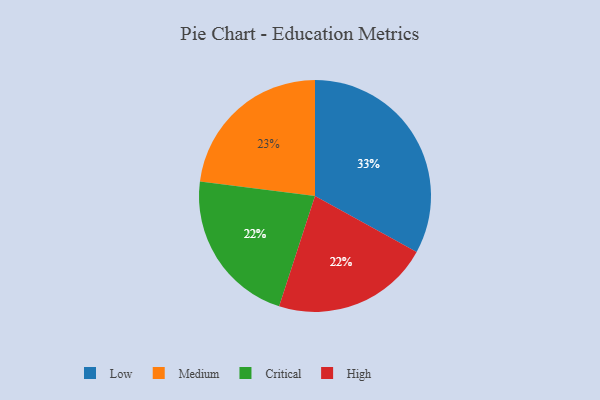
{"axis": {"x": "Category", "y": "Percentage"}, "legend": ["Critical", "High", "Low", "Medium"], "data": [{"x": "Low", "y": 33, "type": "Low"}, {"x": "Medium", "y": 23, "type": "Medium"}, {"x": "Critical", "y": 22, "type": "Critical"}, {"x": "High", "y": 22, "type": "High"}]}